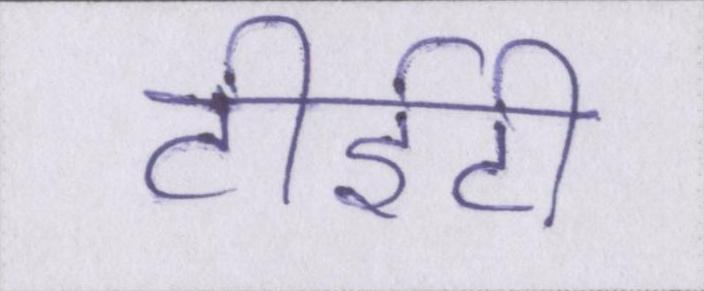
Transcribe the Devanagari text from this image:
टीईटी